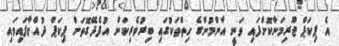
އެ ޕިކަޕް ޖޫރިމަނާކޮށްފައި ވަނީ އާންމުންގެ ހިތްތަކުގައި ބިރުވެރިކަން އުފެދޭގޮތަށް ޕިކަޕް ދުއްވާފައިވައި